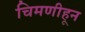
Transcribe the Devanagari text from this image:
चिमणीहून